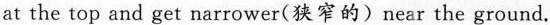
at the top and get narrower(狭窄的) near the ground.